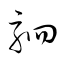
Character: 駟